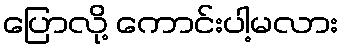
ပြောလို့ ကောင်းပါ့မလား